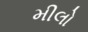
મીલો